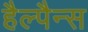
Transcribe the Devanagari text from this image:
हैल्पैन्स